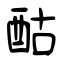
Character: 酤